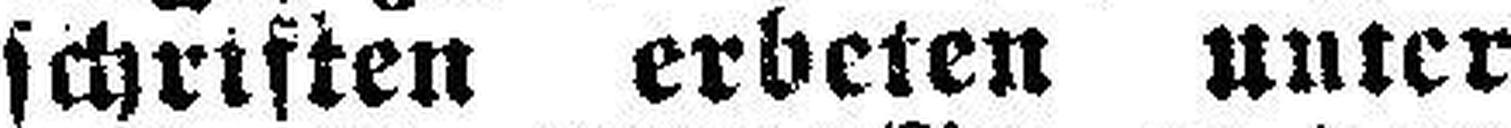
schriften erbeten unter